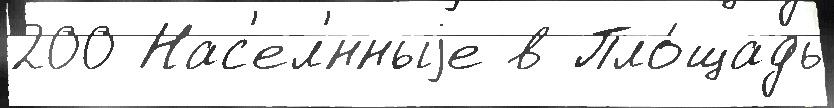
200 Нас'ел'́нныjе в Пло́щадь